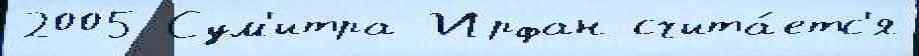
2005 Сум'итра Ирфан счита́етс'я